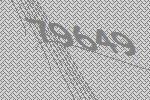
79649